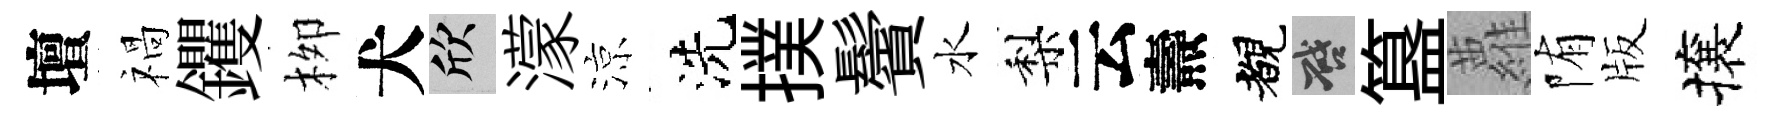
壇禍钁栁犬欣濛涼洗撲鬢水梨云燾覩啓簋蘿陏版攘